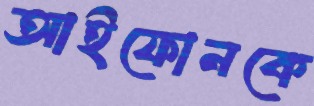
আইফোনকে